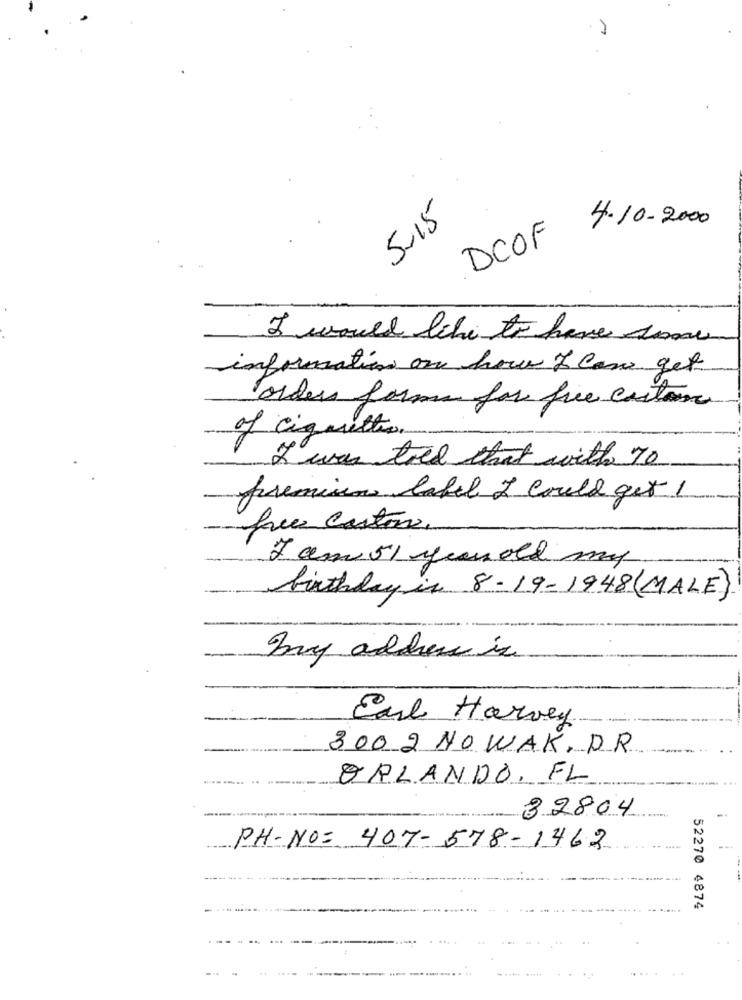
5-15
4.10.2000
DCOF
I would like to have smaw
information on how I can get
order forms for free caston
of cigarettes
I was told that with 70
premium label I could get 1
free carton.
7 am 51 year old my
birthday in 8-19-1948(MALE)
Buy address is
Earl Harvey
300 2 NOWAK. DR
ORLANDO, FL
32804.
PH-NO: 407-578-1462
52270 4874